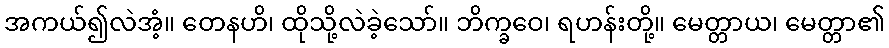
အကယ်၍လဲအံ့။ တေနဟိ၊ ထိုသို့လဲခဲ့သော်။ ဘိက္ခဝေ၊ ရဟန်းတို့။ မေတ္တာယ၊ မေတ္တာ၏